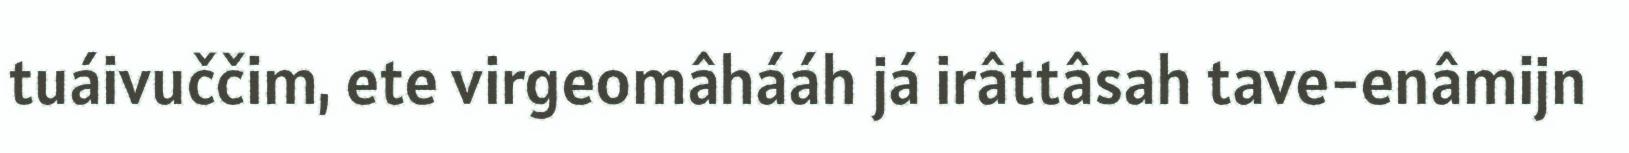
tuáivuččim, ete virgeomâhááh já irâttâsah tave-enâmijn